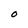
Character: O